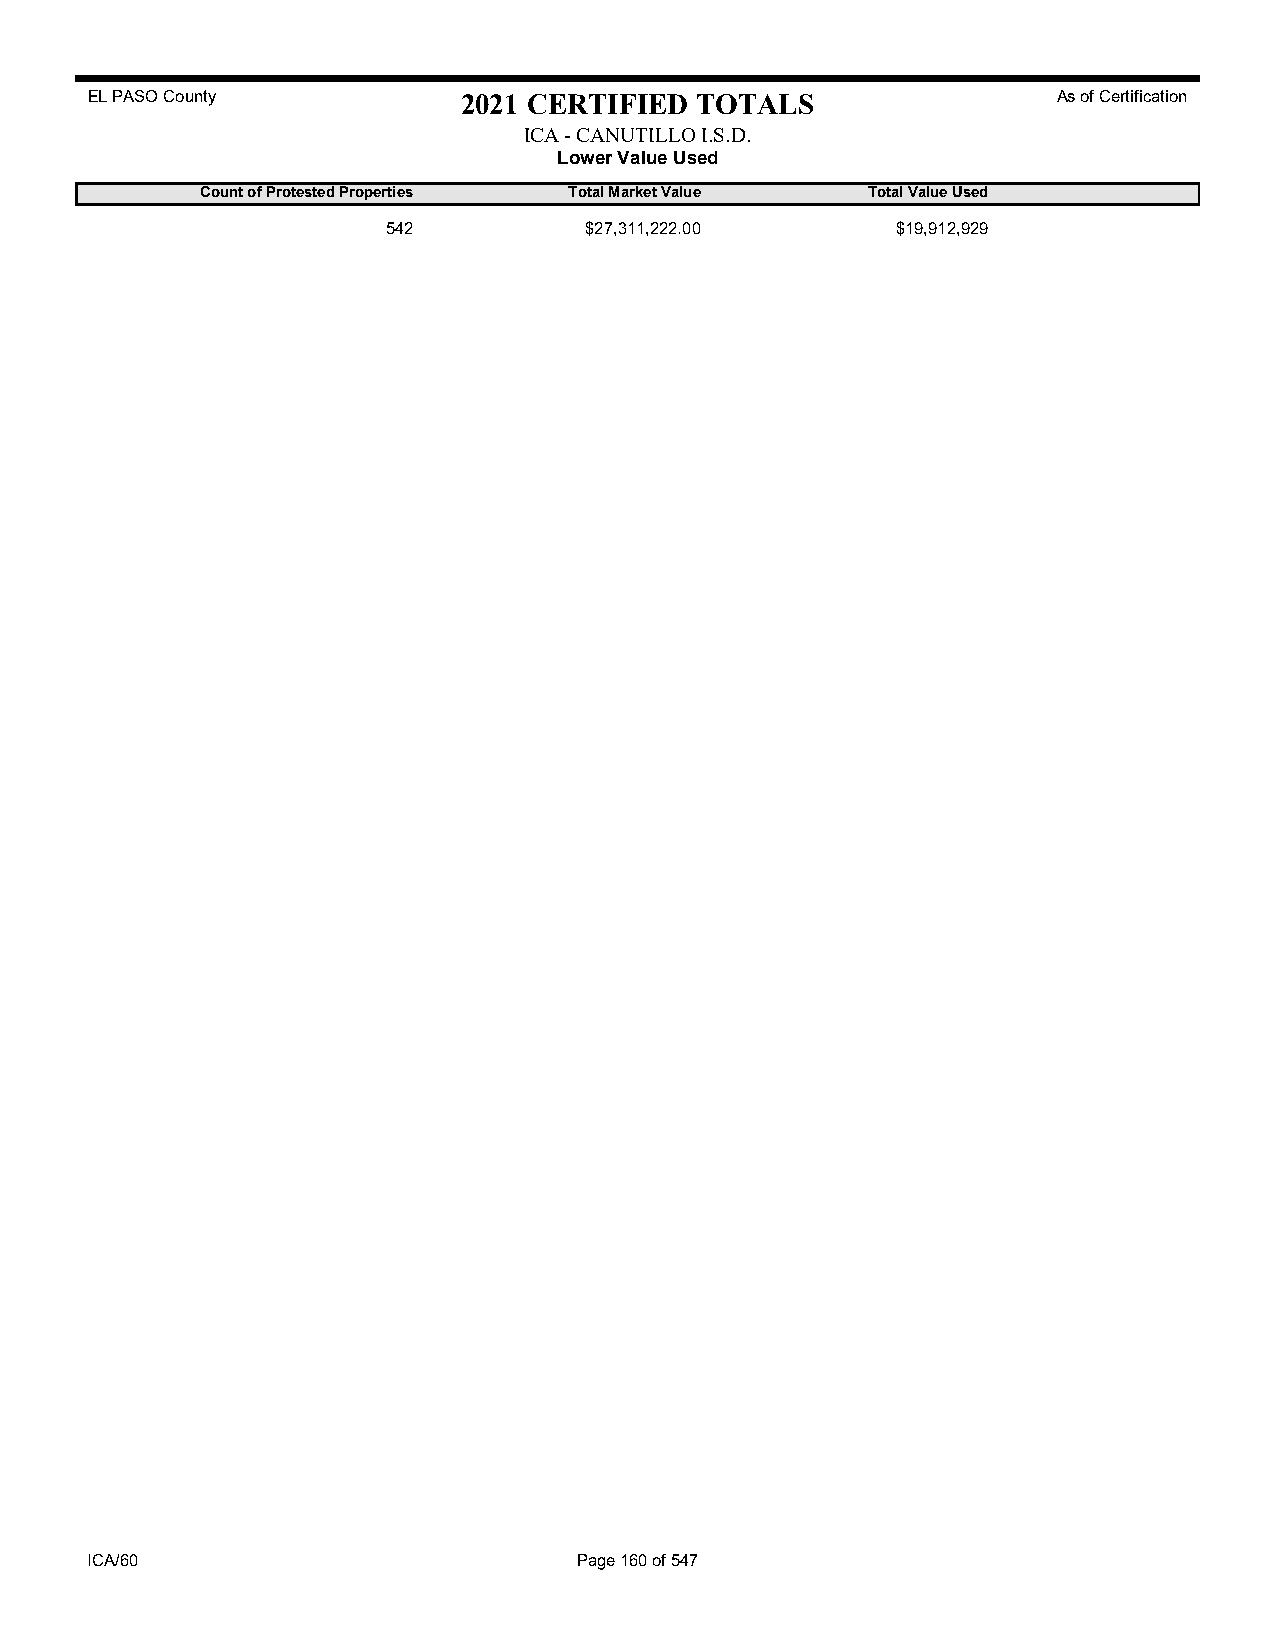
EL PASO County           2021 CERTIFIED TOTALS                  As of Certification
 ICA - CANUTILLO I.S.D.
 Lower Value Used
 Count of Protested Properties Total Market Value Total Value Used
 542          $27,311,222.00      $19,912,929
 ICA/60                          Page 160 of 547